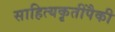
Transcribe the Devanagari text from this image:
साहित्यकृतींपैकी